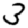
Digit: 3